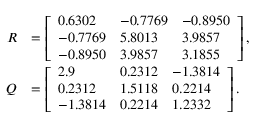
\begin{array} { r l } { R } & { = \left[ \begin{array} { l l l } { 0 . 6 3 0 2 } & { - 0 . 7 7 6 9 } & { - 0 . 8 9 5 0 } \\ { - 0 . 7 7 6 9 } & { 5 . 8 0 1 3 } & { 3 . 9 8 5 7 } \\ { - 0 . 8 9 5 0 } & { 3 . 9 8 5 7 } & { 3 . 1 8 5 5 } \end{array} \right] , } \\ { Q } & { = \left[ \begin{array} { l l l } { 2 . 9 } & { 0 . 2 3 1 2 } & { - 1 . 3 8 1 4 } \\ { 0 . 2 3 1 2 } & { 1 . 5 1 1 8 } & { 0 . 2 2 1 4 } \\ { - 1 . 3 8 1 4 } & { 0 . 2 2 1 4 } & { 1 . 2 3 3 2 } \end{array} \right] . } \end{array}